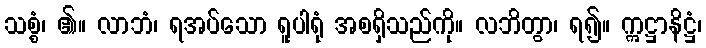
သစ္စံ၊ ၏။ လာဘံ၊ ရအပ်သော ရူပါရုံ အစရှိသည်ကို။ လဘိတွာ၊ ရ၍။ ဣဋ္ဌာနိဋ္ဌံ၊